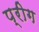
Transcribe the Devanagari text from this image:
प्रीग